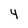
Character: 4